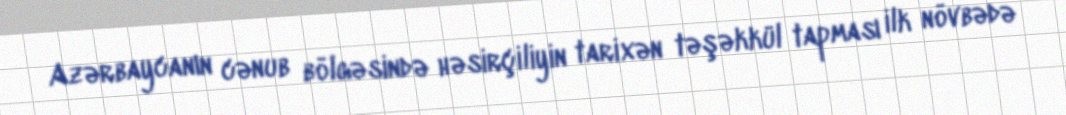
Azərbaycanın cənub bölgəsində həsirçiliyin tarixən təşəkkül tapması ilk növbədə